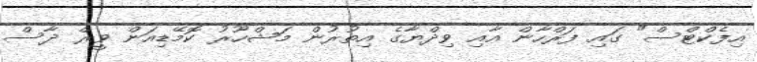
އިފެކްޓްސް" ގައި ފަރްހާން އާއި ވިދްޔާގެ އިތުރުން މަޝްހޫރު ކޮމޭޑިއަން ވީރް ދާސް